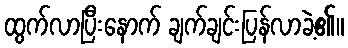
ထွက်လာပြီးနောက် ချက်ချင်းပြန်လာခဲ့၏။